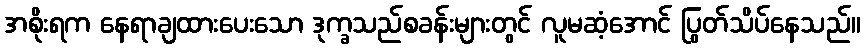
အစိုးရက နေရာချထားပေးသော ဒုက္ခသည်စခန်းများတွင် လူမဆံ့အောင် ပြွတ်သိပ်နေသည်။